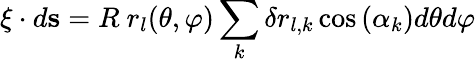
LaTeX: \mathbf{\xi}\cdot d\mathbf{s}=R\ r_{l}(\theta,\varphi)\sum_{k}\delta r_{l,k}\cos{(\alpha_{k})}d\theta d\varphi